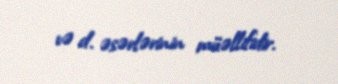
və d. əsərlərinin müəllifidir.